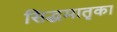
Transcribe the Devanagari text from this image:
सिद्धमातृका